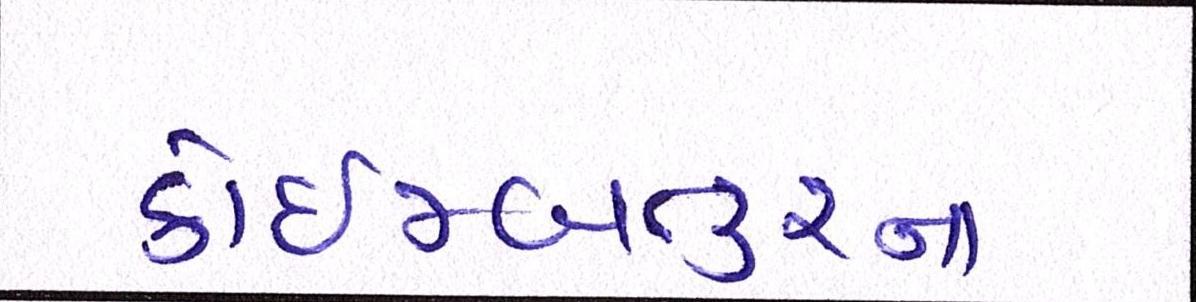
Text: કોઇમ્બતુરના